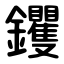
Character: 钁